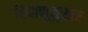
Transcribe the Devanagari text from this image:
विषाणूनुसार